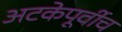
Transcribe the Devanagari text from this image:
अटकेपूर्वीच